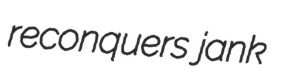
reconquers jank